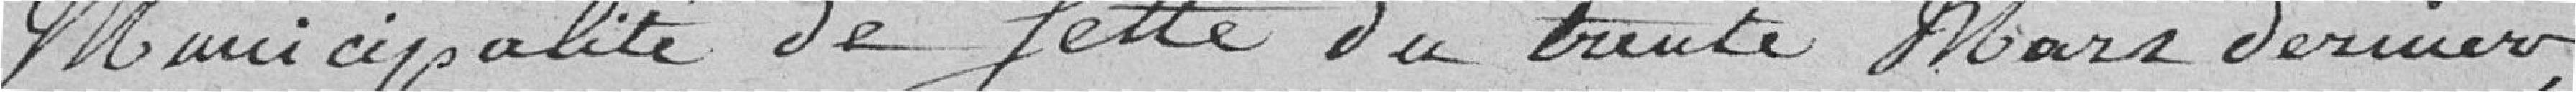
Municipalité de celle du trente mars dernier ;